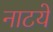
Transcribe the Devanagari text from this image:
नाटये